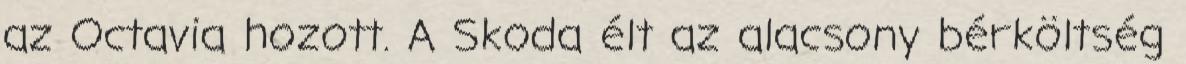
az Octavia hozott. A Skoda élt az alacsony bérköltség